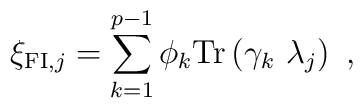
\xi_{{\rm{\small FI}},j}=\sum_{k=1}^{p-1} \phi_k {\rm Tr}\left(\gamma_k ~ \lambda_j\right)~,